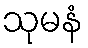
သုမနံ